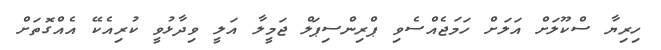
ހިރިޔާ ސްކޫލަށް އަލަށް ހަމަޖެއްސެވި ޕްރިންސިޕަލް ޖަމީލާ އަލީ ވިދާޅުވީ ކުރިއެކޭ އެއްގޮތަށް